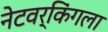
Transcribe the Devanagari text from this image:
नेटवर्किंगला